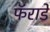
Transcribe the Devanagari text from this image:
फॅराडे